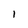
Character: l